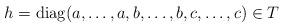
LaTeX: \begin{align*}h = \operatorname{diag}(a, \dotsc , a, b, \dotsc , b, c, \dotsc ,c) \in T\end{align*}